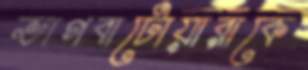
ভাগবাটোয়ারাকে